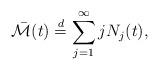
LaTeX: \begin{align*}\bar{\mathcal{M}}(t)\stackrel{d}{=}\sum_{j=1}^{\infty}jN_{j}(t),\end{align*}